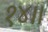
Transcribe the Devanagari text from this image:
१४॥